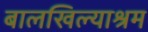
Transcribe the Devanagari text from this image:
बालखिल्याश्रम